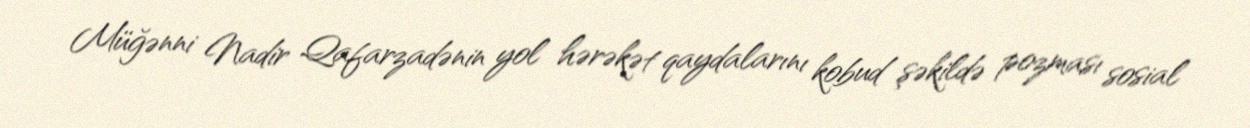
Müğənni Nadir Qafarzadənin yol hərəkət qaydalarını kobud şəkildə pozması sosial